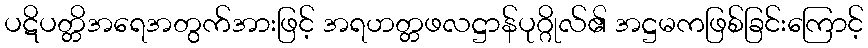
ပဋိပတ္တိအရေအတွက်အားဖြင့် အရဟတ္တဖလဋ္ဌာန်ပုဂ္ဂိုလ်၏ အဋ္ဌမကဖြစ်ခြင်းကြောင့်